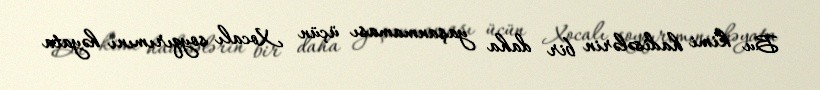
Bu kimi hadisələrin bir daha yaşanmaması üçün Xocalı soyqırımını həyata